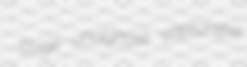
pugil unaghast sketchlike